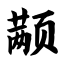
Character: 颟